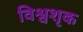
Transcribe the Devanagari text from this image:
विश्वशृक